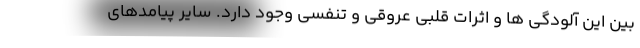
بین این آلودگی ها و اثرات قلبی عروقی و تنفسی وجود دارد. سایر پیامدهای